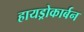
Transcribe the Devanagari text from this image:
हायड्रोकार्बन